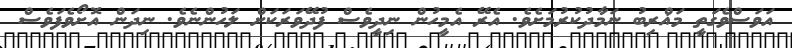
އަވަސްވެގަތީ މަޣްރިބު ނަމާދުކުރުމަށެވެ. އެރޭ އެމީހުން ނިދީވެސް ފުދޭވަރަކަށް ލަހުންނެވެ. ނިދަން އޮށޯވެފަވެސް